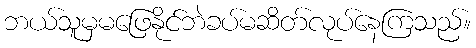
ဘယ်သူမှမဖြေနိုင်ဘဲခပ်မဆိတ်လုပ်နေကြသည်။